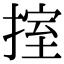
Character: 𢯶